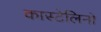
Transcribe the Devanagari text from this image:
कास्टेलिनो